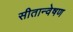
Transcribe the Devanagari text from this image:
सीतान्वेषण